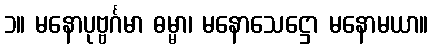
၁။ မနောပုဗ္ဗင်္ဂမာ ဓမ္မာ၊ မနောသေဋ္ဌော မနောမယာ။